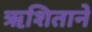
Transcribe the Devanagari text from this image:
ऋशिताने